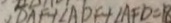
\angle D A F + \angle A D F + \angle A F D = 1 8